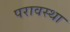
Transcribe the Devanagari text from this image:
परावस्था